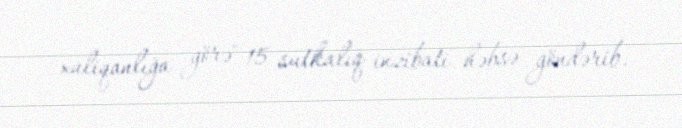
xuliqanlığa görə" 15 sutkalıq inzibati həbsə göndərib.